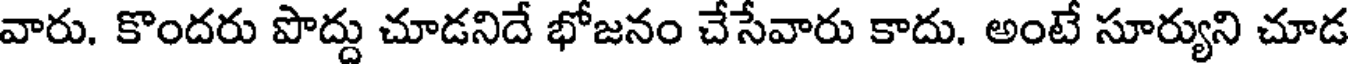
వారు. కొందరు పొద్దు చూడనిదే భోజనం చేసేవారు కాదు. అంటే సూర్యుని చూడ